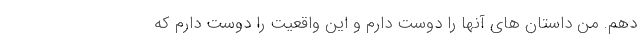
دهم. من داستان های آنها را دوست دارم و این واقعیت را دوست دارم که